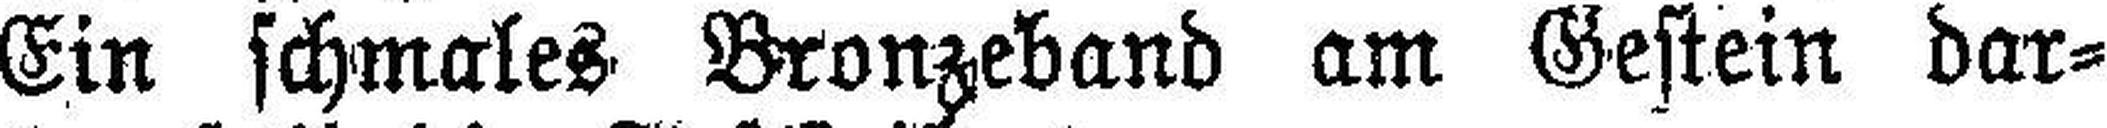
Ein schmales Bronzeband am Gestein dar¬